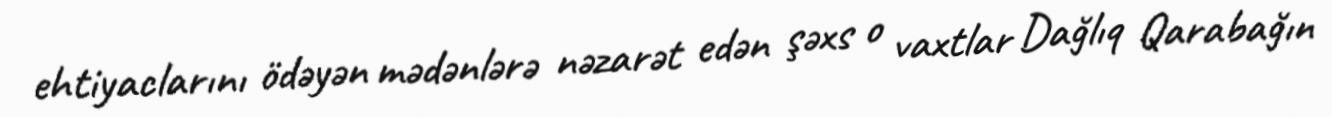
ehtiyaclarını ödəyən mədənlərə nəzarət edən şəxs o vaxtlar Dağlıq Qarabağın